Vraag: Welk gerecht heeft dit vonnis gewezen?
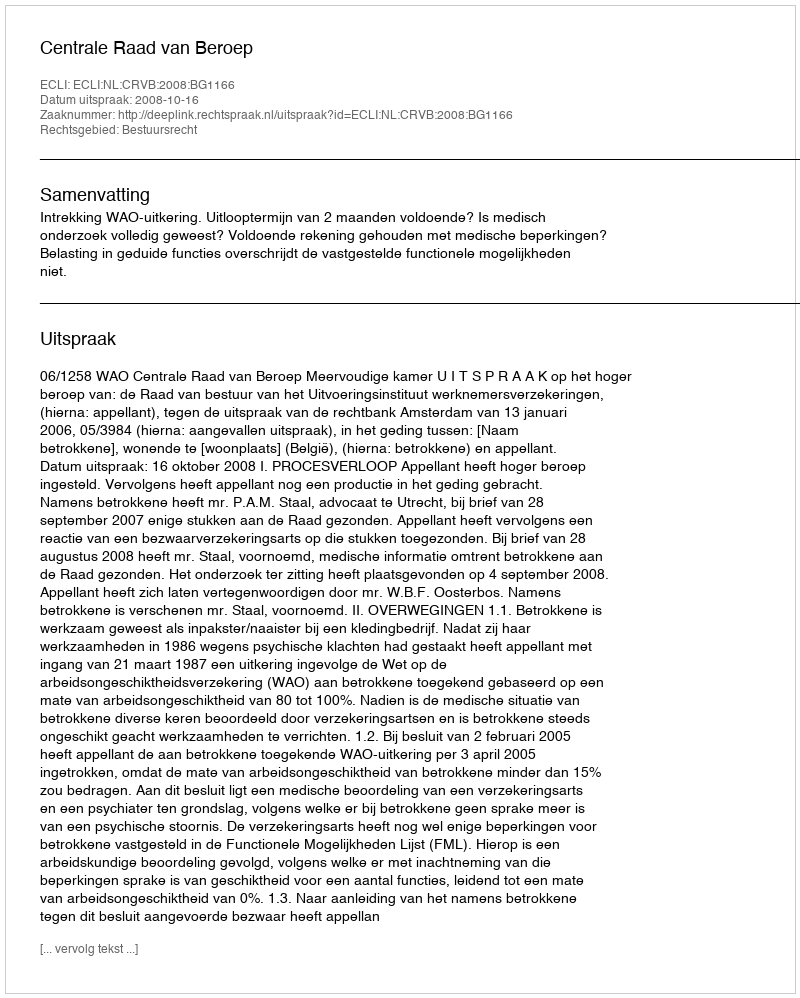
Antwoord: Centrale Raad van Beroep